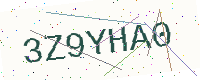
Text: 3Z9YHA0